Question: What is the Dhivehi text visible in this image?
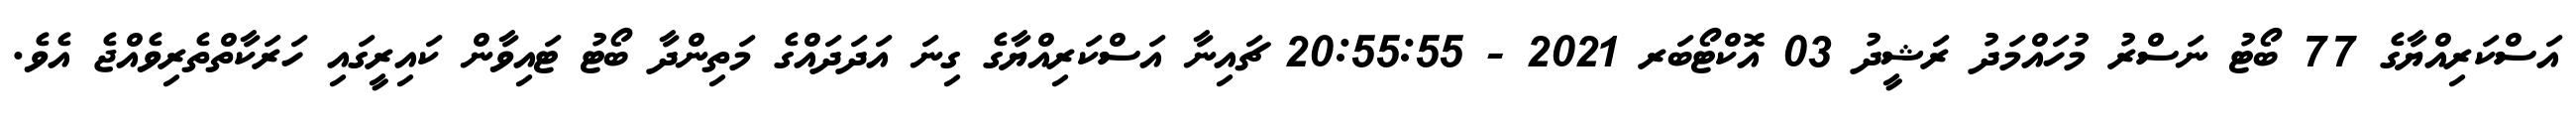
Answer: އަސްކަރިއްޔާގެ 77 ބޯޓު ނަސްރު މުހައްމަދު ރަޝީދު 03 އޮކްޓޯބަރ 2021 - 20:55:55 ޗައިނާ އަސްކަރިއްޔާގެ ގިނަ އަދަދައްގެ މަތިންދާ ބޯޓު ޓައިވާން ކައިރީގައި ހަރަކާތްތެރިވެއްޖެ އެވެ.